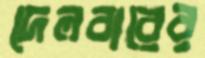
দেলবারের